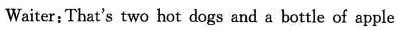
Waiter : That's two hot dogs and a bottle of apple